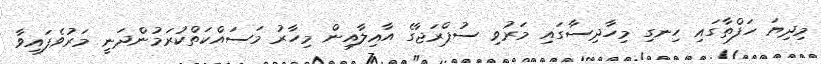
މިދިޔަ ހަފްތާގައި ހިނގި މިހާދިސާގައި މަރުވި ސުޕްރަޖާގެ އާއިލާއިން މިހާރު މަސައްކަތްކުރަމުންދަނީ މަރުވެފައިވާ